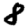
Digit: 8